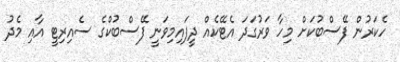
ހެކަރުން ފޭސްބުކަށް މިހާ ވަރުގަދަ އެޓޭކެއް ދީފައިމިވަނީ ފޭސްބުކްގެ ސެއިރިޓީ އާއި މެދު